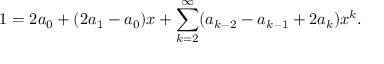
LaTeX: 1 = 2 a _ { 0 } + ( 2 a _ { 1 } - a _ { 0 } ) x + \sum _ { k = 2 } ^ { \infty } ( a _ { k - 2 } - a _ { k - 1 } + 2 a _ { k } ) x ^ { k } .